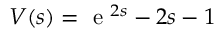
V ( s ) = \textrm { e } ^ { 2 s } - 2 s - 1